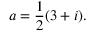
a = { \frac { 1 } { 2 } } ( 3 + i ) .